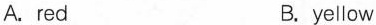
A.red B.yellow